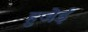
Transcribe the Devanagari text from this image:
हुजेई